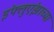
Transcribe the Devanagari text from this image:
इंफ्लुएंझाच्या